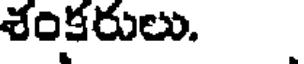
శంకరులు.